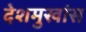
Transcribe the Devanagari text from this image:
देशमुखांस